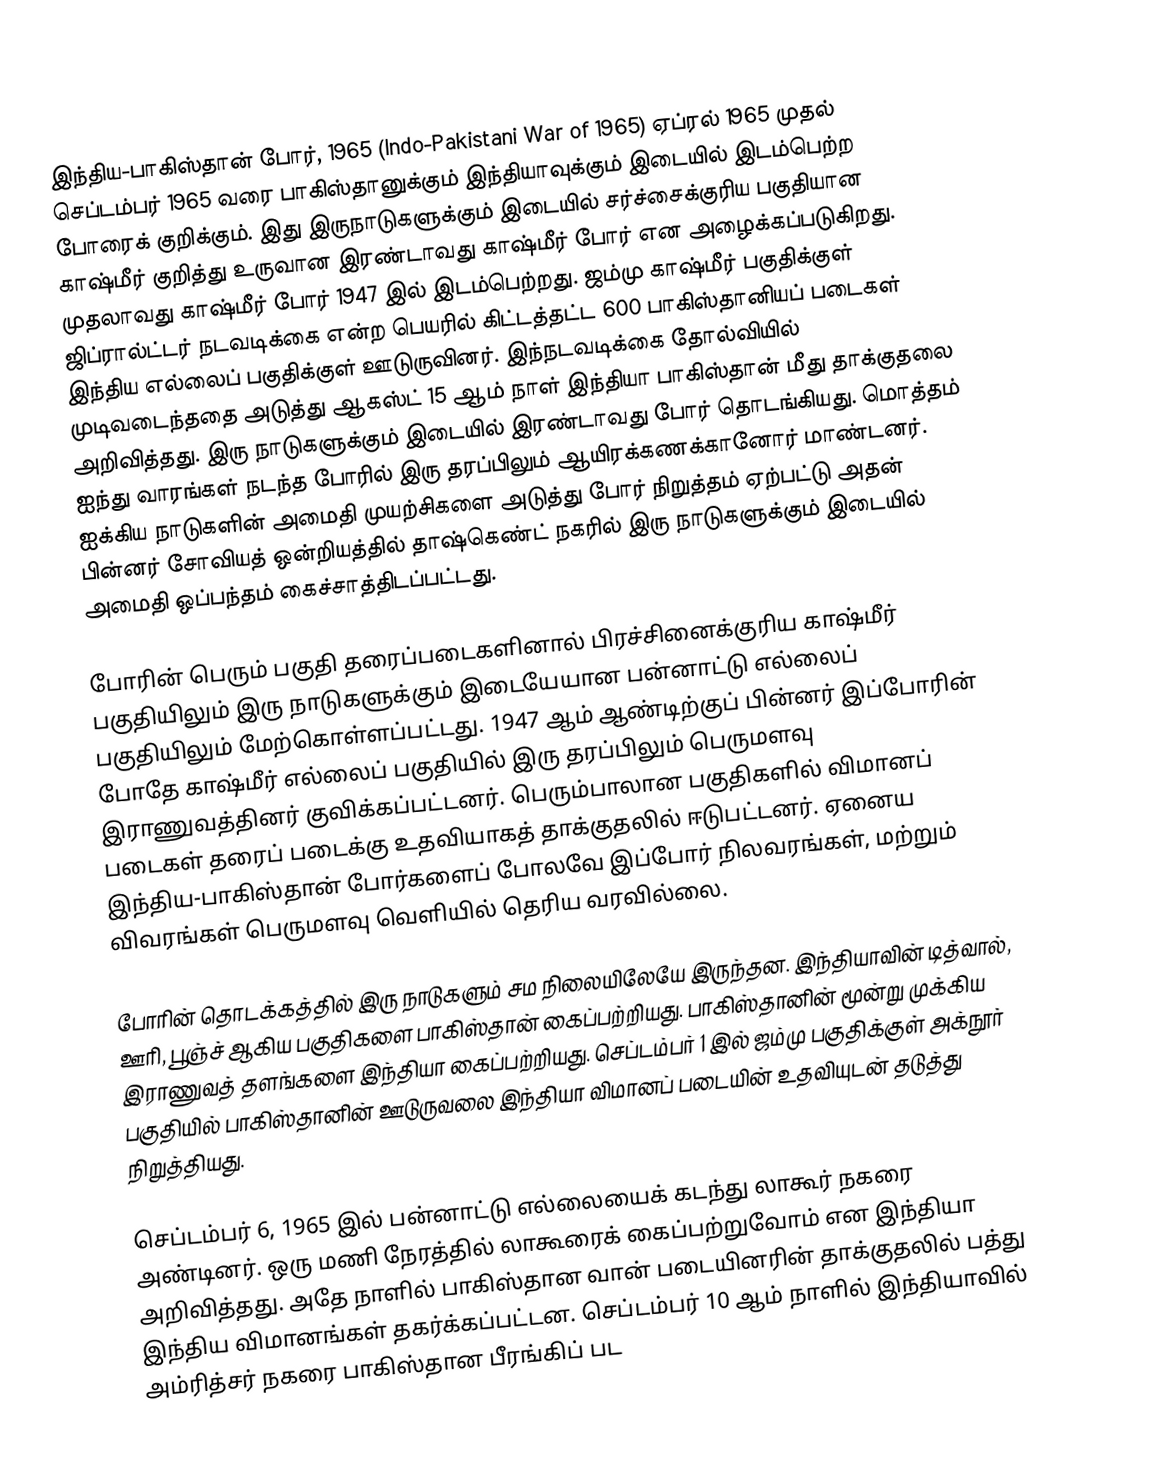
இந்திய-பாகிஸ்தான் போர், 1965 (Indo-Pakistani War of 1965) ஏப்ரல் 1965 முதல் செப்டம்பர் 1965 வரை பாகிஸ்தானுக்கும் இந்தியாவுக்கும் இடையில் இடம்பெற்ற போரைக் குறிக்கும். இது இருநாடுகளுக்கும் இடையில் சர்ச்சைக்குரிய பகுதியான காஷ்மீர் குறித்து உருவான இரண்டாவது காஷ்மீர் போர் என அழைக்கப்படுகிறது. முதலாவது காஷ்மீர் போர் 1947 இல் இடம்பெற்றது. ஜம்மு காஷ்மீர் பகுதிக்குள் ஜிப்ரால்ட்டர் நடவடிக்கை என்ற பெயரில் கிட்டத்தட்ட 600 பாகிஸ்தானியப் படைகள் இந்திய எல்லைப் பகுதிக்குள் ஊடுருவினர். இந்நடவடிக்கை தோல்வியில் முடிவடைந்ததை அடுத்து ஆகஸ்ட் 15 ஆம் நாள் இந்தியா பாகிஸ்தான் மீது தாக்குதலை அறிவித்தது. இரு நாடுகளுக்கும் இடையில் இரண்டாவது போர் தொடங்கியது. மொத்தம் ஐந்து வாரங்கள் நடந்த போரில் இரு தரப்பிலும் ஆயிரக்கணக்கானோர் மாண்டனர். ஐக்கிய நாடுகளின் அமைதி முயற்சிகளை அடுத்து போர் நிறுத்தம் ஏற்பட்டு அதன் பின்னர் சோவியத் ஒன்றியத்தில் தாஷ்கெண்ட் நகரில் இரு நாடுகளுக்கும் இடையில் அமைதி ஒப்பந்தம் கைச்சாத்திடப்பட்டது.

போரின் பெரும் பகுதி தரைப்படைகளினால் பிரச்சினைக்குரிய காஷ்மீர் பகுதியிலும் இரு நாடுகளுக்கும் இடையேயான பன்னாட்டு எல்லைப் பகுதியிலும் மேற்கொள்ளப்பட்டது. 1947 ஆம் ஆண்டிற்குப் பின்னர் இப்போரின் போதே காஷ்மீர் எல்லைப் பகுதியில் இரு தரப்பிலும் பெருமளவு இராணுவத்தினர் குவிக்கப்பட்டனர். பெரும்பாலான பகுதிகளில் விமானப் படைகள் தரைப் படைக்கு உதவியாகத் தாக்குதலில் ஈடுபட்டனர். ஏனைய இந்திய-பாகிஸ்தான் போர்களைப் போலவே இப்போர் நிலவரங்கள், மற்றும் விவரங்கள் பெருமளவு வெளியில் தெரிய வரவில்லை.

போரின் தொடக்கத்தில் இரு நாடுகளும் சம நிலையிலேயே இருந்தன. இந்தியாவின் டித்வால், ஊரி, பூஞ்ச் ஆகிய பகுதிகளை பாகிஸ்தான் கைப்பற்றியது. பாகிஸ்தானின் மூன்று முக்கிய இராணுவத் தளங்களை இந்தியா கைப்பற்றியது. செப்டம்பர் 1 இல் ஜம்மு பகுதிக்குள் அக்நூர் பகுதியில் பாகிஸ்தானின் ஊடுருவலை இந்தியா விமானப் படையின் உதவியுடன் தடுத்து நிறுத்தியது.

செப்டம்பர் 6, 1965 இல் பன்னாட்டு எல்லையைக் கடந்து லாகூர் நகரை அண்டினர். ஒரு மணி நேரத்தில் லாகூரைக் கைப்பற்றுவோம் என இந்தியா அறிவித்தது. அதே நாளில் பாகிஸ்தான வான் படையினரின் தாக்குதலில் பத்து இந்திய விமானங்கள் தகர்க்கப்பட்டன. செப்டம்பர் 10 ஆம் நாளில் இந்தியாவில் அம்ரித்சர் நகரை பாகிஸ்தான பீரங்கிப் பட